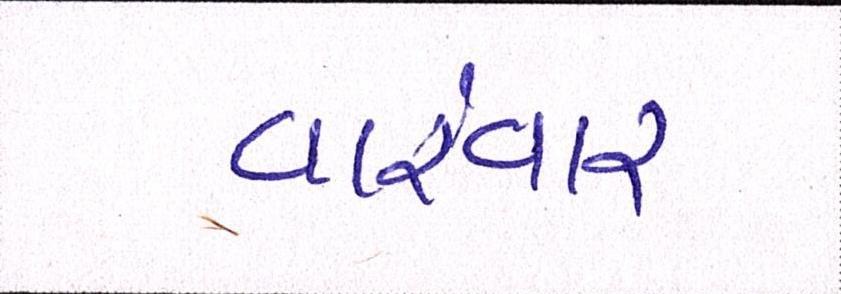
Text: વારંવાર